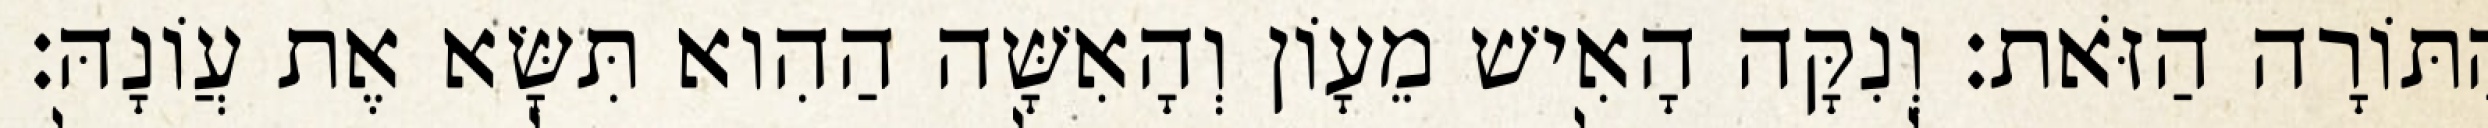
הַתּוֹרָה הַזֹּאת׃ וְנִקָּה הָאִישׁ מֵעָוֹן וְהָאִשָּׁה הַהִוא תִּשָּׂא אֶת עֲוֹנָהּ׃